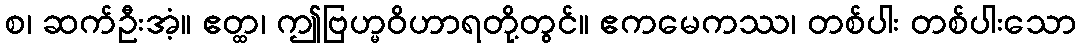
စ၊ ဆက်ဦးအံ့။ ဧတ္ထ၊ ဤဗြဟ္မဝိဟာရတို့တွင်။ ဧကမေကဿ၊ တစ်ပါး တစ်ပါးသော